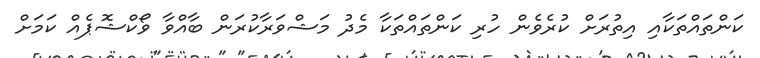
ކަންތައްތަކާއި އިތުރަށް ކުރެވެން ހުރި ކަންތައްތަކާ މެދު މަޝްވަރާކުރަން ބާއްވާ ވޯކްޝޮޕެއް ކަމަށް